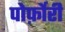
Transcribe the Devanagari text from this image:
पोर्फ़ोरी